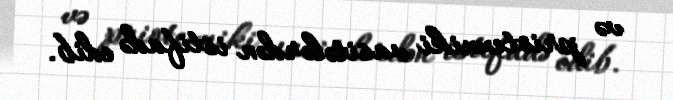
və priotexniki vasitələrdən istifadə edib.